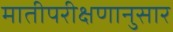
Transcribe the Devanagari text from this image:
मातीपरीक्षणानुसार